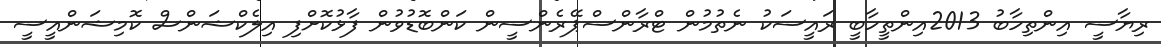
ރިޔާސީ އިންތިހާބު 2013އިންތީހާބީ ރައީސަކު ނެތުމުން ޓްރާންސްޕޭރެންސީން ކަންބޮޑުވުން ފާޅުކޮށްފި އިލެކްޝަންސް ކޮމިޝަންއީސީ